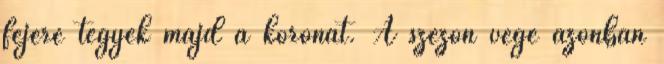
fejére tegyék majd a koronát. A szezon vége azonban